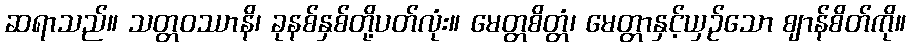
ဆရာသည်။ သတ္တဝဿာနိ၊ ခုနစ်နှစ်တို့ပတ်လုံး။ မေတ္တစိတ္တံ၊ မေတ္တာနှင့်ယှဉ်သော ဈာန်စိတ်ကို။